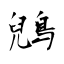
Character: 鶂